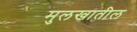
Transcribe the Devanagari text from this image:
मुलखातील